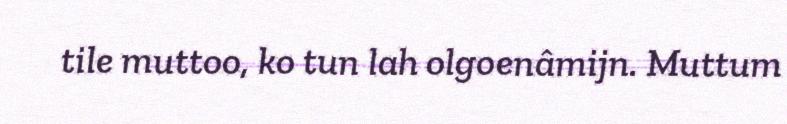
tile muttoo, ko tun lah olgoenâmijn. Muttum